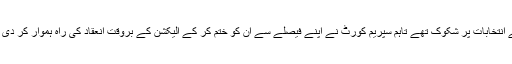
پہلے انتخابات پر شکوک تھے تاہم سپریم کورٹ نے اپنے فیصلے سے اُن کو ختم کر کے الیکشن کے بروقت انعقاد کی راہ ہموار کر دی ہے۔